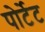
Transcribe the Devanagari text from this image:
पोर्टेट